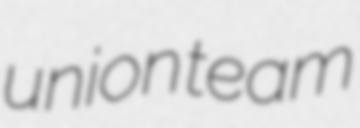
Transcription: union team